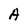
Character: A